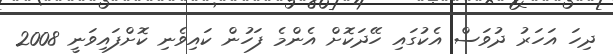
ދިހަ އަހަރު ދުވަސް އެކުގައި ހޭދަކޮށް އެންމެ ފަހުން ކައިވެނި ކޮށްފައިވަނީ 2008